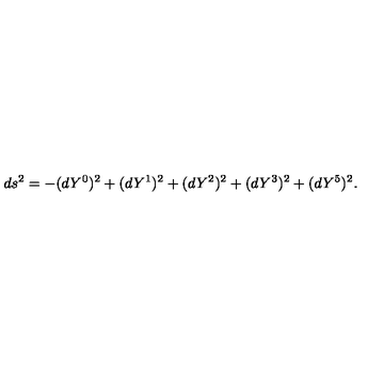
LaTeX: d s ^ { 2 } = - ( d Y ^ { 0 } ) ^ { 2 } + ( d Y ^ { 1 } ) ^ { 2 } + ( d Y ^ { 2 } ) ^ { 2 } + ( d Y ^ { 3 } ) ^ { 2 } + ( d Y ^ { 5 } ) ^ { 2 } .